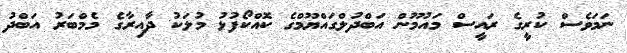
ނަމަވެސް ކުރީގެ ރައީސް މައުމޫން އަބްދުލްގައްޔޫމްގެ ކޮއްކޯފުޅު މުލަކު ދާއިރާގެ މެމްބަރު އަބްދު